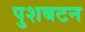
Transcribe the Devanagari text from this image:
पुशबटन